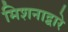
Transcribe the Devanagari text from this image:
मिशनाद्वारे